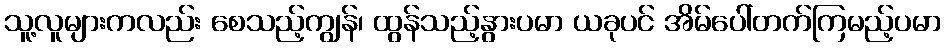
သူ့လူများကလည်း စေသည့်ကျွန်၊ ထွန်သည့်နွားပမာ ယခုပင် အိမ်ပေါ်တက်ကြမည့်ပမာ